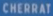
CHERRAT